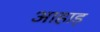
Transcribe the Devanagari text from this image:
आहाड़